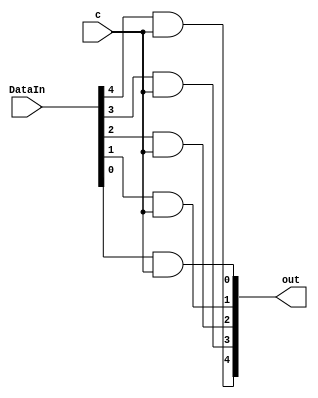
module and_bus(out, DataIn, c);
	output [4:0] out;
	input [4:0] DataIn;
	input c;
	and (out[4], DataIn[4], c);
	and (out[3], DataIn[3], c);
	and (out[2], DataIn[2], c);
	and (out[1], DataIn[1], c);
	and (out[0], DataIn[0], c);
endmodule